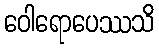
ဝေါရောပေဿသိ